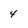
Character: 4